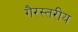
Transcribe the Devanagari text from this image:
गैरस्‍तरीय